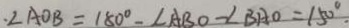
. \angle A O B = 1 8 0 ^ { \circ } - \angle A B O - \angle B A O = 1 5 0 ^ { \circ } .